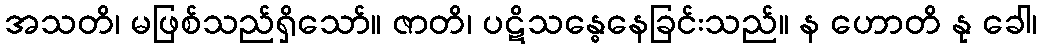
အသတိ၊ မဖြစ်သည်ရှိသော်။ ဇာတိ၊ ပဋိသန္ဓေနေခြင်းသည်။ န ဟောတိ နု ခေါ၊